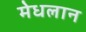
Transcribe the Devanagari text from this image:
मेधलान